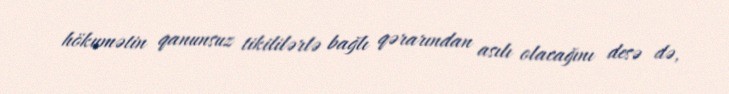
hökumətin qanunsuz tikililərlə bağlı qərarından asılı olacağını desə də,